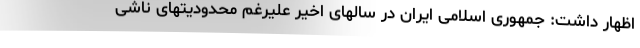
اظهار داشت: جمهوری اسلامی ایران در سالهای اخیر علیرغم محدودیتهای ناشی